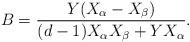
LaTeX: \begin{align*}B=\frac{Y(X_\alpha-X_\beta)} {(d-1)X_\alpha X_\beta+Y X_\alpha}.\end{align*}